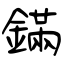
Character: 鏋